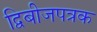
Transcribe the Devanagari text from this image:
द्विबीजपत्रक